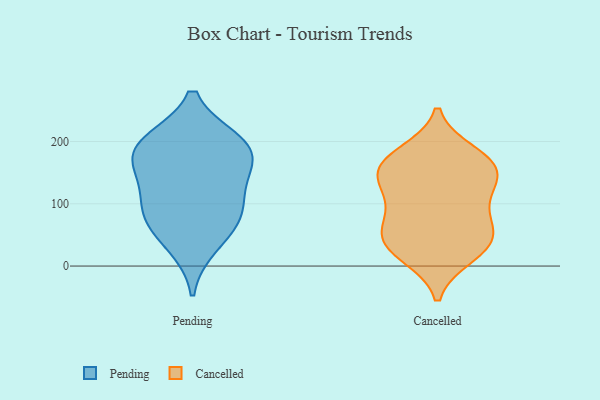
{"axis": {"x": "Bounce Rate (%)", "y": "Value"}, "legend": ["Cancelled", "Pending"], "data": [{"x": "", "y": 126, "type": "Pending"}, {"x": "", "y": 191, "type": "Pending"}, {"x": "", "y": 94, "type": "Pending"}, {"x": "", "y": 82, "type": "Pending"}, {"x": "", "y": 70, "type": "Pending"}, {"x": "", "y": 33, "type": "Pending"}, {"x": "", "y": 200, "type": "Pending"}, {"x": "", "y": 200, "type": "Pending"}, {"x": "", "y": 162, "type": "Pending"}, {"x": "", "y": 166, "type": "Pending"}, {"x": "", "y": 98, "type": "Cancelled"}, {"x": "", "y": 182, "type": "Cancelled"}, {"x": "", "y": 114, "type": "Cancelled"}, {"x": "", "y": 54, "type": "Cancelled"}, {"x": "", "y": 21, "type": "Cancelled"}, {"x": "", "y": 163, "type": "Cancelled"}, {"x": "", "y": 53, "type": "Cancelled"}, {"x": "", "y": 148, "type": "Cancelled"}, {"x": "", "y": 16, "type": "Cancelled"}, {"x": "", "y": 73, "type": "Cancelled"}, {"x": "", "y": 31, "type": "Cancelled"}, {"x": "", "y": 159, "type": "Cancelled"}, {"x": "", "y": 48, "type": "Cancelled"}, {"x": "", "y": 176, "type": "Cancelled"}, {"x": "", "y": 128, "type": "Cancelled"}, {"x": "", "y": 148, "type": "Cancelled"}]}